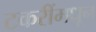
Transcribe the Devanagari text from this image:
टकरींमधून